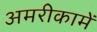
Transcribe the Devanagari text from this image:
अमरीकामें